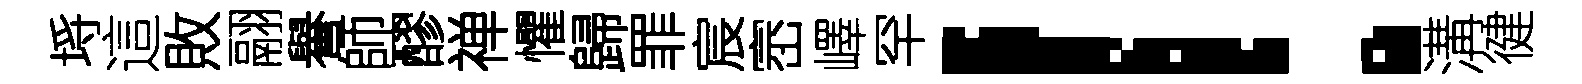
埓這敗翮譽師醪禅懼歸罪宸崈嶧罕！溝徤